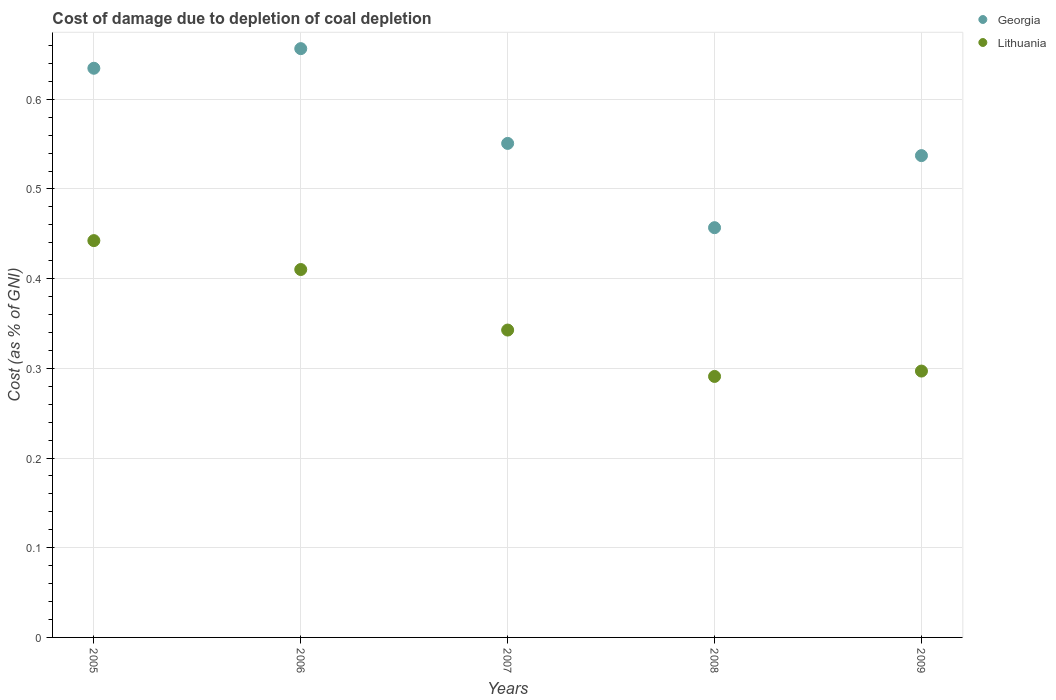
| Years | Georgia | Lithuania |
 | --- | --- | --- |
 | 2005 | 0.635 | 0.442 |
 | 2006 | 0.656 | 0.41 |
 | 2007 | 0.551 | 0.343 |
 | 2008 | 0.457 | 0.291 |
 | 2009 | 0.537 | 0.297 |